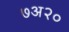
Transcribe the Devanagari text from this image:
७अ२०